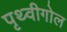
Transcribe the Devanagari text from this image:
पृथ्वीगोल